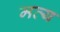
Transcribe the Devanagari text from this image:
मत्य